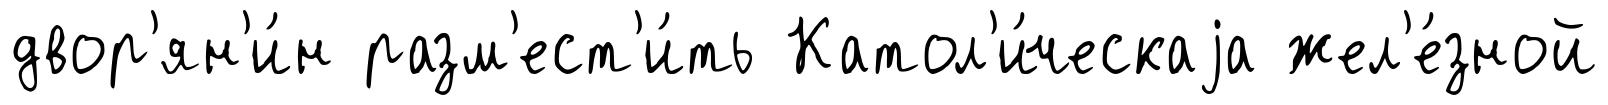
двор'ян'и́н разм'ест'и́ть Катол'и́ческаjа жел'е́зной